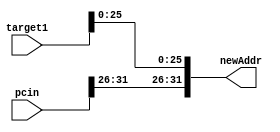
module jumpShift(input wire [31:0] target1, input wire [31:0] pcin, output wire [31:0] newAddr);
wire [31:26] pc = pcin[31:26];
wire [25:0] target = target1[25:0];
assign newAddr = {pc, target};
endmodule